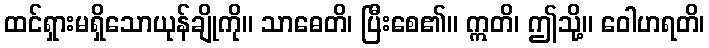
ထင်ရှားမရှိသောယုန်ချိုကို။ သာဓေတိ၊ ပြီးစေ၏။ ဣတိ၊ ဤသို့။ ဝေါဟရတိ၊